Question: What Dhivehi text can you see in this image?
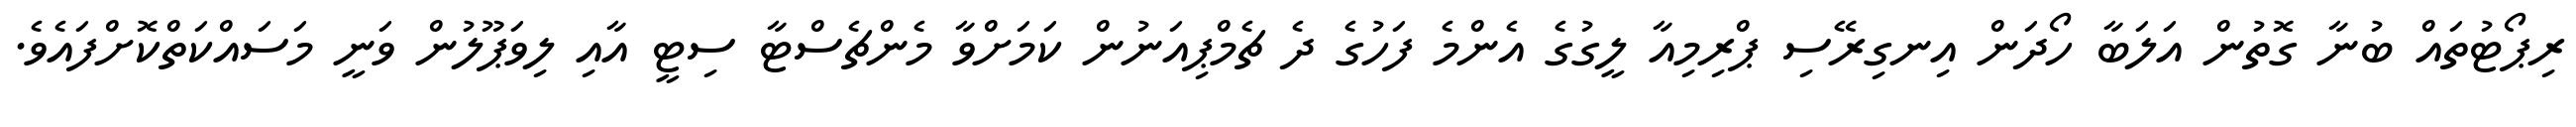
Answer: ރިޕޯޓުތައް ބުނާ ގޮތުން އަލަބާ ހޯދަން އިނގިރޭސި ޕްރިމިއާ ލީގުގެ އެންމެ ފަހުގެ ދެ ޗެމްޕިއަނުން ކަމަށްވާ މެންޗެސްޓާ ސިޓީ އާއި ލިވަޕޫލުން ވަނީ މަސައްކަތްކޮށްފައެވެ.